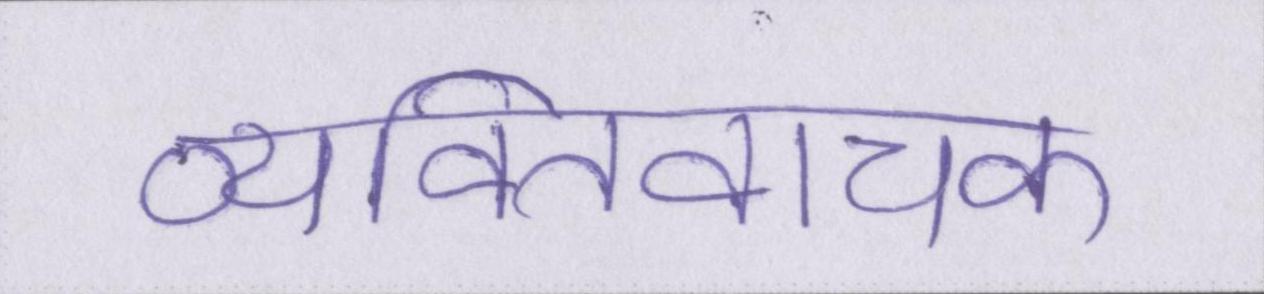
व्यक्तिवाचक